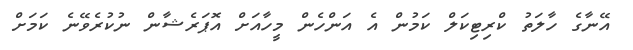
އޭނާގެ ހާލަތު ކްރިޓިކަލް ކަމުން އެ އަންހެން މީހާއަށް އޮޕަރެޝާން ނުކުރެވޭނެ ކަމަށް